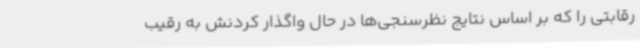
رقابتی را که بر اساس نتایج نظرسنجی‌ها در حال واگذار کردنش به رقیب